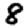
Digit: 8